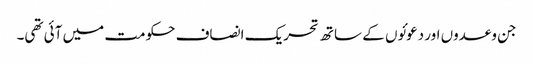
جن وعدوں اور دعوئوں کے ساتھ تحریک انصاف حکومت میں آئی تھی۔